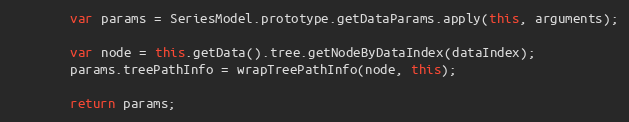
Language: JavaScript
        var params = SeriesModel.prototype.getDataParams.apply(this, arguments);

        var node = this.getData().tree.getNodeByDataIndex(dataIndex);
        params.treePathInfo = wrapTreePathInfo(node, this);

        return params;